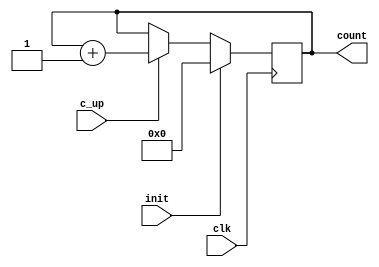
`timescale 1ns/1ns

module Counter #(parameter N = 10)
    (
        input c_up, clk, init, 
        output [5:0] count
    );

    reg [5:0] num;
    
    always @(posedge clk) begin

        if (init)
            num <= 4'b0;

        else if (c_up)
            num <= num + 1;
    end

    assign count = num;

endmodule